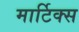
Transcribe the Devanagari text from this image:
मार्टिक्स